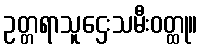
ဥတ္တရာသူဌေးသမီးဝတ္ထု။